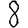
Digit: 8